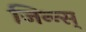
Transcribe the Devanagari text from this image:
जिन्न्स्